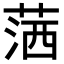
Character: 𦵜